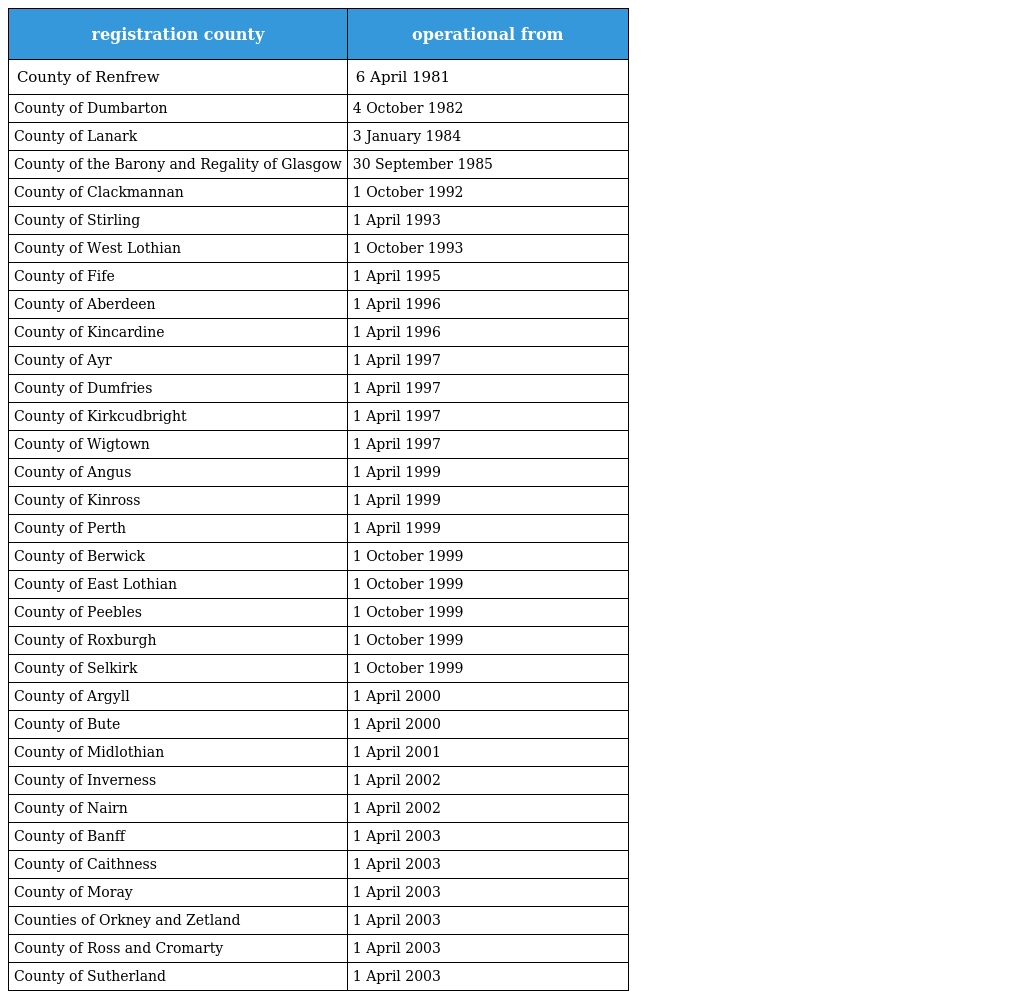
| registration county | operational from |
 | --- | --- |
 | County of Renfrew | 6 April 1981 |
 | County of Dumbarton | 4 October 1982 |
 | County of Lanark | 3 January 1984 |
 | County of the Barony and Regality of Glasgow | 30 September 1985 |
 | County of Clackmannan | 1 October 1992 |
 | County of Stirling | 1 April 1993 |
 | County of West Lothian | 1 October 1993 |
 | County of Fife | 1 April 1995 |
 | County of Aberdeen | 1 April 1996 |
 | County of Kincardine | 1 April 1996 |
 | County of Ayr | 1 April 1997 |
 | County of Dumfries | 1 April 1997 |
 | County of Kirkcudbright | 1 April 1997 |
 | County of Wigtown | 1 April 1997 |
 | County of Angus | 1 April 1999 |
 | County of Kinross | 1 April 1999 |
 | County of Perth | 1 April 1999 |
 | County of Berwick | 1 October 1999 |
 | County of East Lothian | 1 October 1999 |
 | County of Peebles | 1 October 1999 |
 | County of Roxburgh | 1 October 1999 |
 | County of Selkirk | 1 October 1999 |
 | County of Argyll | 1 April 2000 |
 | County of Bute | 1 April 2000 |
 | County of Midlothian | 1 April 2001 |
 | County of Inverness | 1 April 2002 |
 | County of Nairn | 1 April 2002 |
 | County of Banff | 1 April 2003 |
 | County of Caithness | 1 April 2003 |
 | County of Moray | 1 April 2003 |
 | Counties of Orkney and Zetland | 1 April 2003 |
 | County of Ross and Cromarty | 1 April 2003 |
 | County of Sutherland | 1 April 2003 |